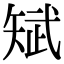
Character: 𮀃